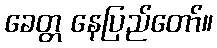
ခေတ္တ နေပြည်တော်။